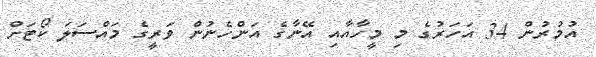
އުމުރުން 34 އަހަރުގެ މި މީހާއާއި އޭނާގެ އަންހެނުން ވަރީގެ މައްސަލަ ކޯޓަށް